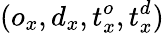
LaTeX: (o_{x},d_{x},t_{x}^{o},t_{x}^{d})